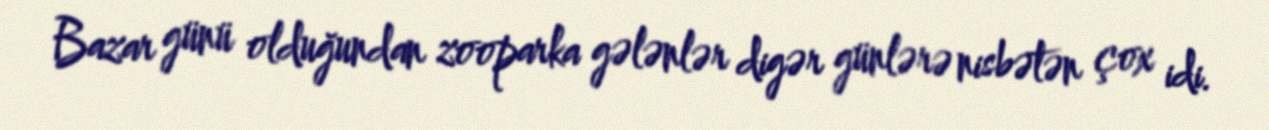
Bazar günü olduğundan zooparka gələnlər digər günlərə nisbətən çox idi.